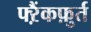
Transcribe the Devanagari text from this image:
फ्ऱैंकफ़ुर्त